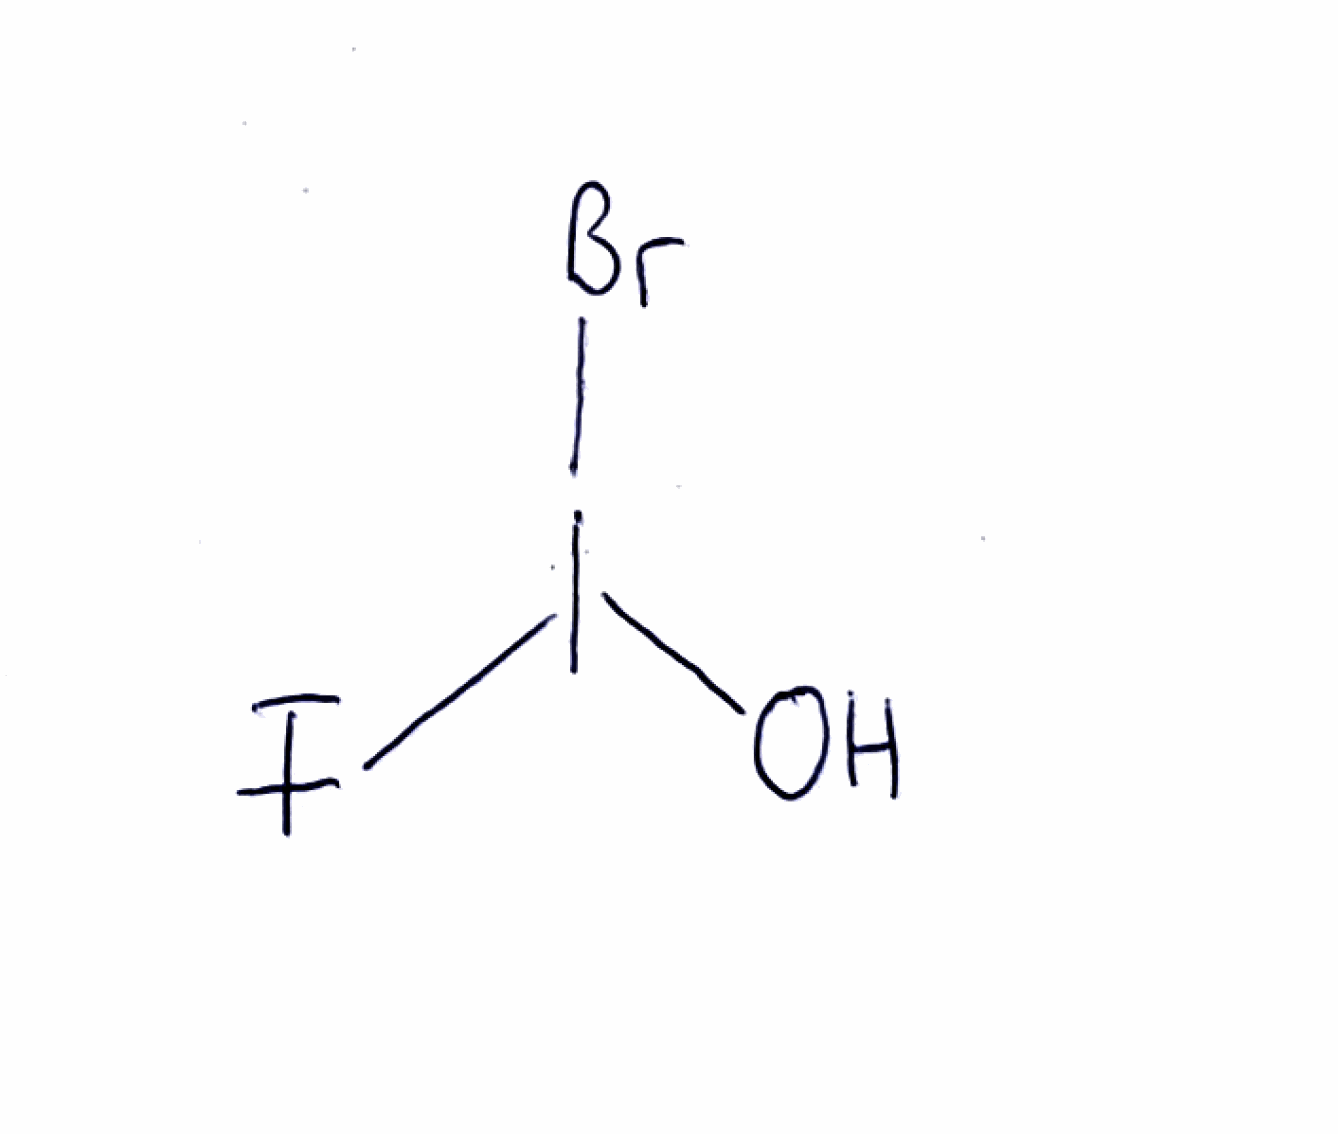
Simplified molecular-input line-entry system (SMILES) notation of the given molecule:
OI(F)Br